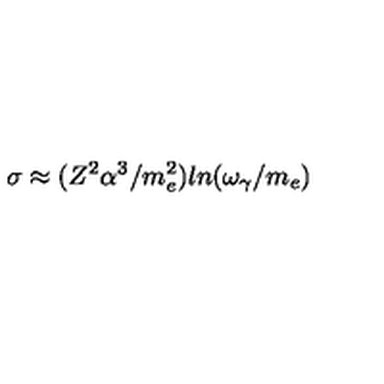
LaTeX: \sigma \approx ( Z ^ { 2 } \alpha ^ { 3 } / m _ { e } ^ { 2 } ) l n ( \omega _ { \gamma } / m _ { e } )